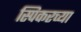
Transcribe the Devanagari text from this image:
स्पिकरच्या